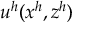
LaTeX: u ^ { h } ( x ^ { h } , z ^ { h } )